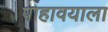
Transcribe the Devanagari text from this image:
पाहावयाला